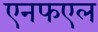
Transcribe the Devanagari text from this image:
एनफएल